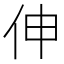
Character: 伸